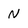
Character: N